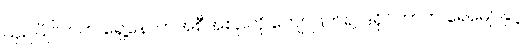
ယှဉ်ပြိုင်ဘက် ရှေ့နောက်အစီအစဉ်ကို ကျော်ဖြတ်၍ ဒရိုင်ဘာက ရေမျောနှင့်